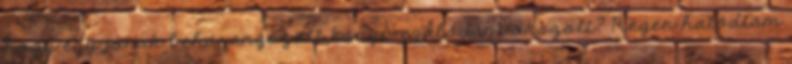
hogy egy jónak beharangozott könyv csalódást okozott? Régen hatódtam